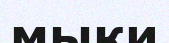
мықи